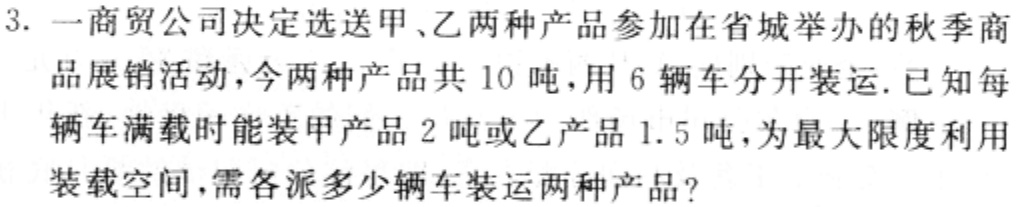
3. 一商贸公司决定选送甲、乙两种产品参加在省城举办的秋季商品展销活动，今两种产品共 10 吨，用 6 辆车分开装运. 已知每辆车满载时能装甲产品 2 吨或乙产品 1.5 吨，为最大限度利用装载空间，需各派多少辆车装运两种产品？